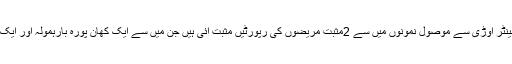
ڈاکٹر جان نے بتایا ’’ کیمونٹی ہیلتھ سینٹر اوڑی سے موصول نمونوں میں سے 2مثبت مریضوں کی رپورٹیں مثبت آئی ہیں جن میں سے ایک کھان پورہ بارہمولہ اور ایک بونیار بارہمولہ سے تعلق رکھتا ہے۔